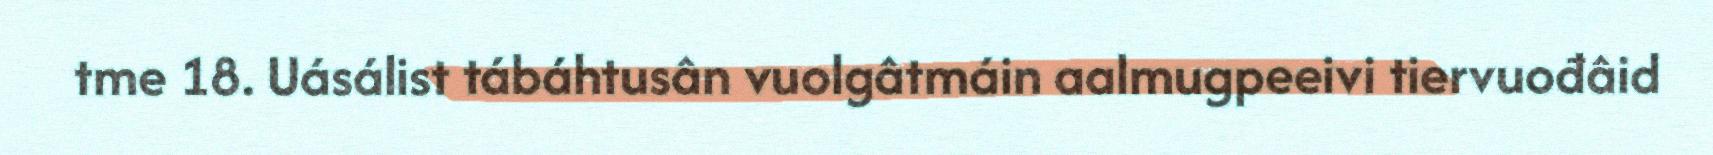
tme 18. Uásálist tábáhtusân vuolgâtmáin aalmugpeeivi tiervuođâid